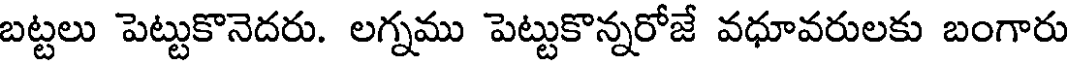
బట్టలు పెట్టుకొనెదరు. లగ్నము పెట్టుకొన్నరోజే వధూవరులకు బంగారు